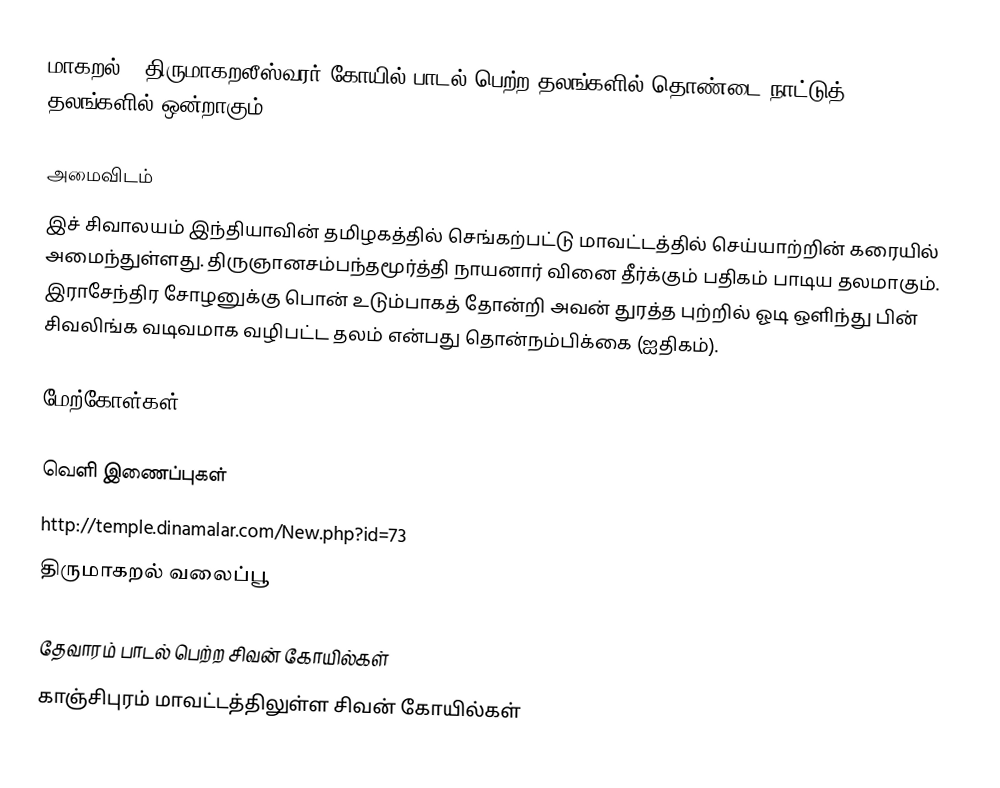
மாகறல் - திருமாகறலீஸ்வரர் கோயில் பாடல் பெற்ற தலங்களில் தொண்டை நாட்டுத் தலங்களில் ஒன்றாகும்.

அமைவிடம்
இச் சிவாலயம் இந்தியாவின் தமிழகத்தில் செங்கற்பட்டு மாவட்டத்தில் செய்யாற்றின் கரையில் அமைந்துள்ளது. திருஞானசம்பந்தமூர்த்தி நாயனார் வினை தீர்க்கும் பதிகம் பாடிய தலமாகும். இராசேந்திர சோழனுக்கு பொன் உடும்பாகத் தோன்றி அவன் துரத்த புற்றில் ஓடி ஒளிந்து பின் சிவலிங்க வடிவமாக வழிபட்ட தலம் என்பது தொன்நம்பிக்கை (ஐதிகம்).

மேற்கோள்கள்

வெளி இணைப்புகள்
 http://temple.dinamalar.com/New.php?id=73
 திருமாகறல் வலைப்பூ

தேவாரம் பாடல் பெற்ற சிவன் கோயில்கள்
காஞ்சிபுரம் மாவட்டத்திலுள்ள சிவன் கோயில்கள்